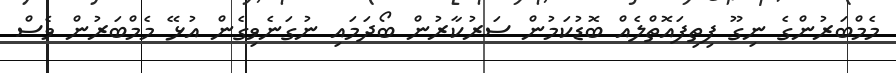
މެމްބަރުންގެ ނިގޫ ފިތިފައޮތްލެއް ބޮޑުކަމުން ސަރުކާރުން ބޯދަމައި ނުގަނެވިގެން އުޅޭ މެމްބަރުން ވެސް